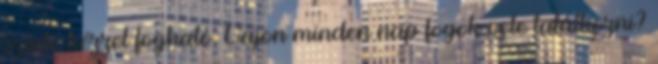
szinte kézzel fogható. Vajon minden nap fogok vele találkozni?